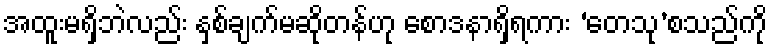
အထူးမရှိဘဲလည်း နှစ်ချက်မဆိုတန်ဟု စောဒနာရှိရကား ‘တေသု’စသည်ကို